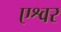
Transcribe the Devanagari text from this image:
एश्वर